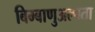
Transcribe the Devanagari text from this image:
बिम्बाणुअल्पता